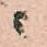
ニ